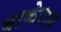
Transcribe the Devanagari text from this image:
वाकेराव